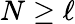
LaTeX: N\geq\ell